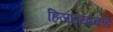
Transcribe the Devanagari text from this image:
हिजड्यांकडे